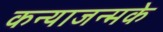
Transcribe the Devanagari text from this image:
कन्याजन्मके